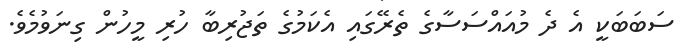
ސަބަބަކީ އެ ދެ މުއައްސަސާގެ ތެރޭގައި އެކަމުގެ ތަޖުރިބާ ހުރި މީހުން ގިނަވުމެވެ.